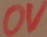
Text: 0V